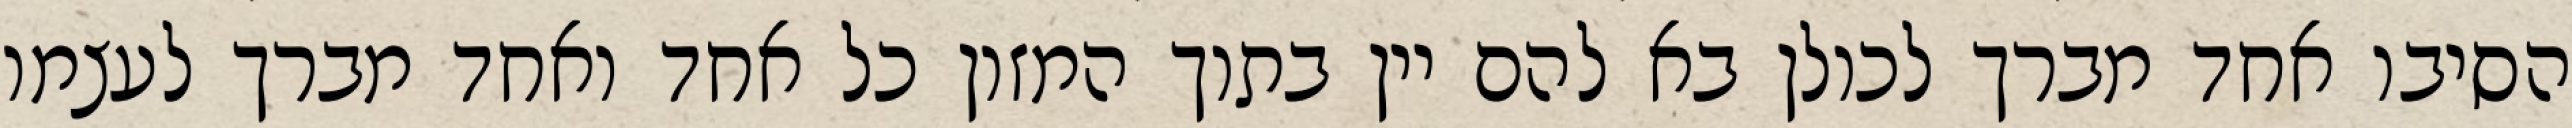
הסיבו אחד מברך לכולן בא להם יין בתוך המזון כל אחד ואחד מברך לעצמו